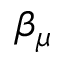
\beta _ { \mu }